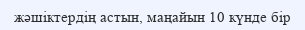
жәшіктердің астын, маңайын 10 күнде бір